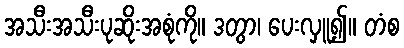
အသီးအသီးပုဆိုးအစုံကို။ ဒတွာ၊ ပေးလှူ၍။ တံစ